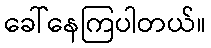
ခေါ်နေကြပါတယ်။